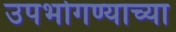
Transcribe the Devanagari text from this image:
उपभोगण्याच्या